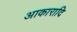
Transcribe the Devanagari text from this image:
आकारादि